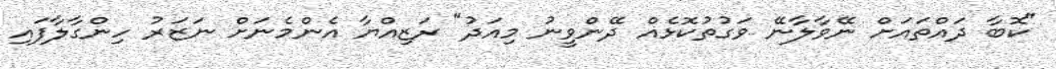
"ކޮބާ ދައްތައަށް ނޭވާލާނޭ ވަގުތުކޮޅެއް ދޭންވީނު މިއަދު" ރަޒިއްޔާ އެންމެނަށް ނަޒަރު ހިންގާލާފައި